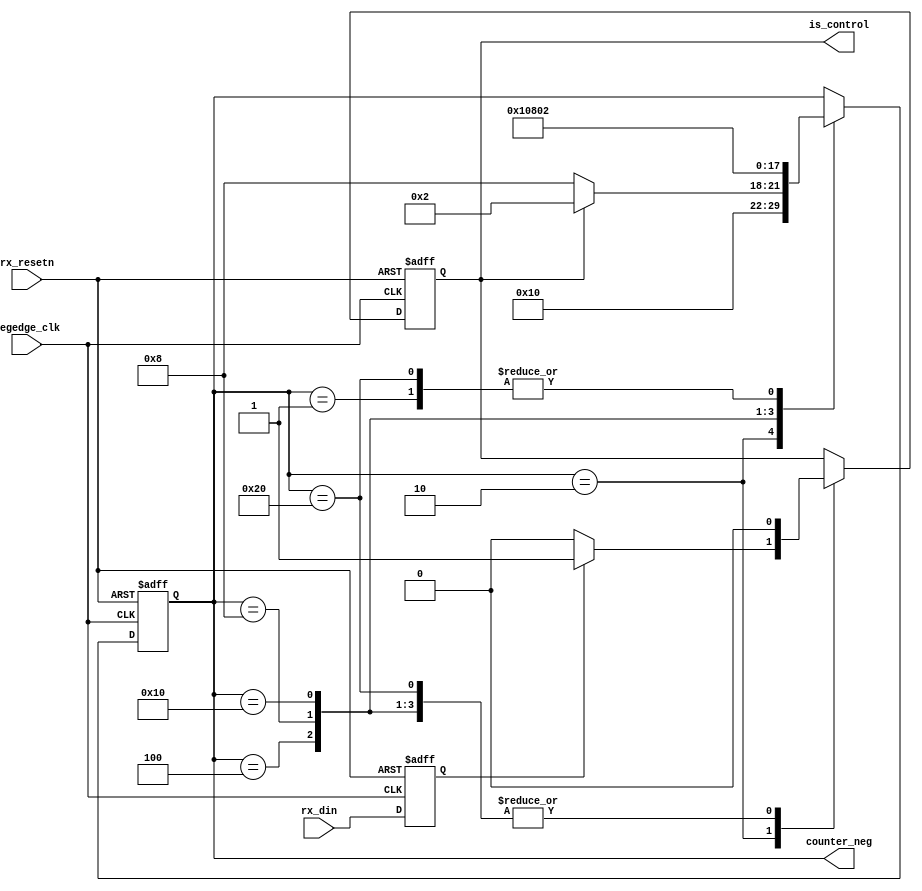
module counter_neg(
			input negedge_clk,
			input rx_resetn,
			
			input rx_din,
			
			output reg is_control,
			output reg [5:0] counter_neg
		  );

	reg control_bit_found;

always@(posedge negedge_clk or negedge rx_resetn)
begin

	if(!rx_resetn)
	begin
		is_control <= 1'b0;
		control_bit_found <= 1'b0;
		counter_neg <= 6'd1;
	end
	else
	begin
		control_bit_found <= rx_din;

		case(counter_neg)
		6'd1:
		begin
			counter_neg <= 6'd2;
		end
		6'd2:
		begin
			if(control_bit_found)
			begin
				is_control  <= 1'b1;	
			end
			else 
			begin
				is_control  <= 1'b0;
			end

			counter_neg <= 6'd4;
		end
		6'd4:
		begin

			is_control <= 1'b0;

			if(is_control)
			begin	
				counter_neg <= 6'd2;
			end
			else
			begin
				counter_neg <= 6'd8;
			end
		end
		6'd8:
		begin
			is_control    <= 1'b0;
			counter_neg <= 6'd16;
		end
		6'd16:
		begin
			is_control    <= 1'b0;
			counter_neg <= 6'd32;
		end
		6'd32:
		begin
			is_control    <= 1'b0;
			counter_neg <= 6'd2;
		end
		endcase
	end
end

endmodule